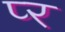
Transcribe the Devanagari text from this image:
प्‍र